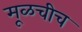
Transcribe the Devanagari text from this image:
मूळचीच